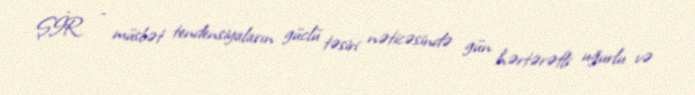
ŞİR - müsbət tendensiyaların güclü təsiri nəticəsində gün hərtərəfli uğurlu və